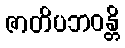
ဇာတိပဘဝန္တိ